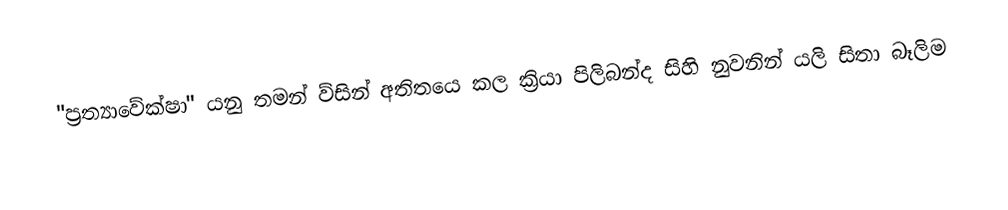
"ප්‍රත්‍යාවේක්ෂා" යනු තමන් ව්සින් අතිතයෙ කල ක්‍රියා පිලිබන්ද සිහි නුවනින් යලි සිතා බෑලිම